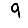
Digit: 9